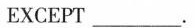
EXCEPT___.